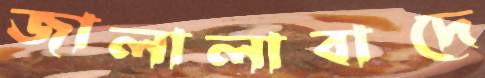
জালালাবাদে